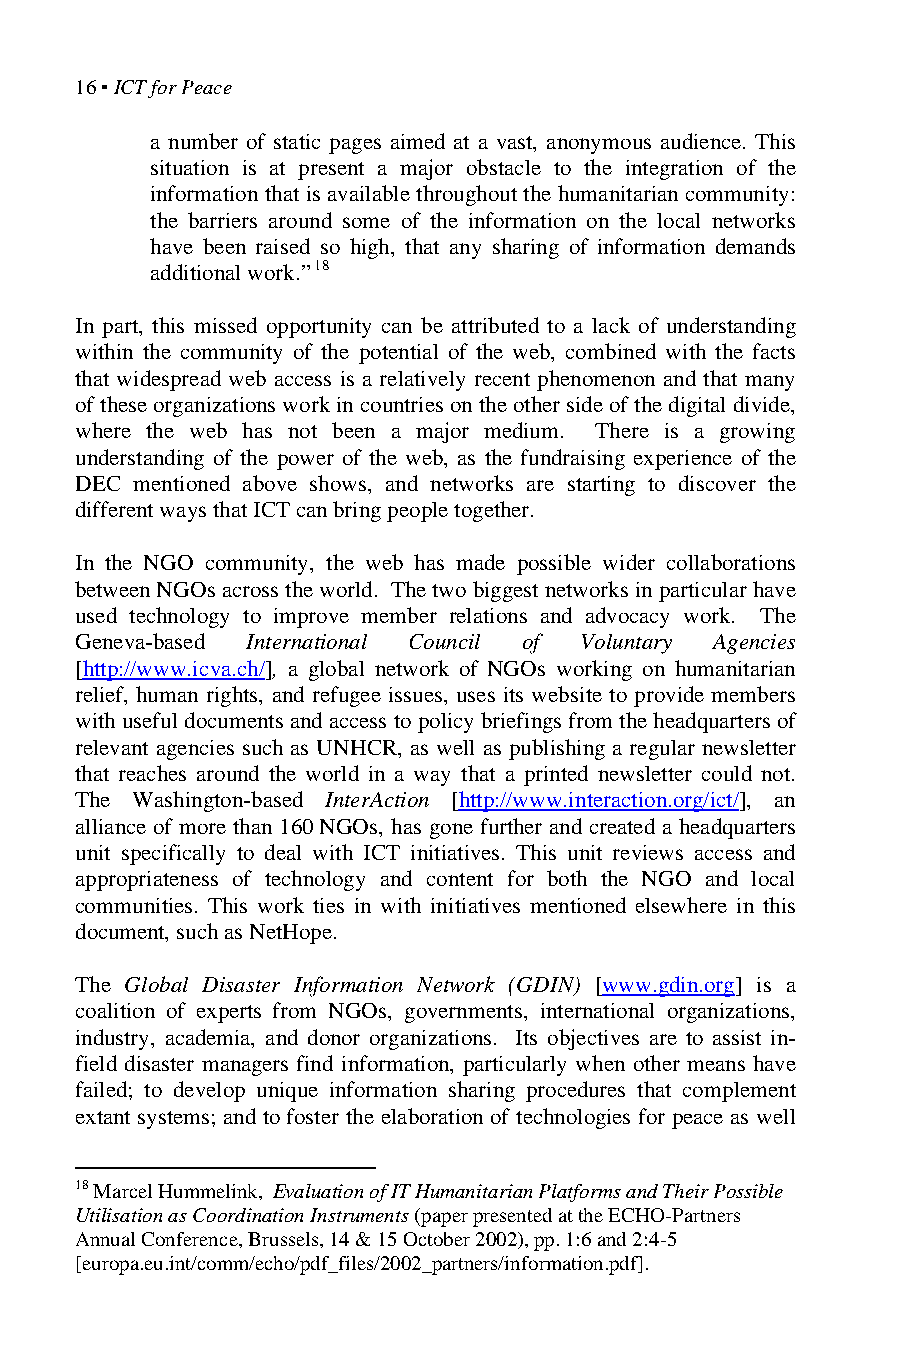
16 ▪ ICT for Peace
 a number of static pages aimed at a vast, anonymous audience. This
 situation is at present a major obstacle to the integration of the
 information that is available throughout the humanitarian community:
 the barriers around some of the information on the local networks
 have been raised so high, that any sharing of information demands
 additional work.” 18
 In part, this missed opportunity can be attributed to a lack of understanding
 within the community of the potential of the web, combined with the facts
 that widespread web access is a relatively recent phenomenon and that many
 of these organizations work in countries on the other side of the digital divide,
 where the web has not been a major medium. There is a growing
 understanding of the power of the web, as the fundraising experience of the
 DEC mentioned above shows, and networks are starting to discover the
 different ways that ICT can bring people together.
 In the NGO community, the web has made possible wider collaborations
 between NGOs across the world. The two biggest networks in particular have
 used technology to improve member relations and advocacy work. The
 Geneva-based International Council of Voluntary Agencies
 [http://www.icva.ch/], a global network of NGOs working on humanitarian
 relief, human rights, and refugee issues, uses its website to provide members
 with useful documents and access to policy briefings from the headquarters of
 relevant agencies such as UNHCR, as well as publishing a regular newsletter
 that reaches around the world in a way that a printed newsletter could not.
 The Washington-based InterAction [http://www.interaction.org/ict/], an
 alliance of more than 160 NGOs, has gone further and created a headquarters
 unit specifically to deal with ICT initiatives. This unit reviews access and
 appropriateness of technology and content for both the NGO and local
 communities. This work ties in with initiatives mentioned elsewhere in this
 document, such as NetHope.
 The Global Disaster Information Network (GDIN) [www.gdin.org] is a
 coalition of experts from NGOs, governments, international organizations,
 industry, academia, and donor organizations. Its objectives are to assist in-
 field disaster managers find information, particularly when other means have
 failed; to develop unique information sharing procedures that complement
 extant systems; and to foster the elaboration of technologies for peace as well
 18 Marcel Hummelink, Evaluation of IT Humanitarian Platforms and Their Possible
 Utilisation as Coordination Instruments (paper presented at the ECHO-Partners
 Annual Conference, Brussels, 14 & 15 October 2002), pp. 1:6 and 2:4-5
 [europa.eu.int/comm/echo/pdf_files/2002_partners/information.pdf].